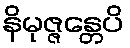
နိမုဇ္ဇန္တေပိ